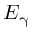
E _ { \upgamma }